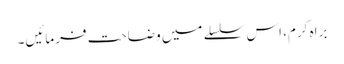
براہ کرم، اس سلسلے میں وضاحت فرمائیں۔